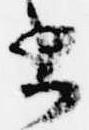
書